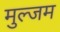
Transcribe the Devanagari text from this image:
मुल्जम